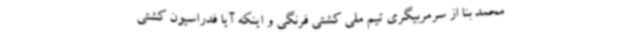
محمد بنا از سرمربیگری تیم ملی کشتی فرنگی و اینکه آیا فدراسیون کشتی